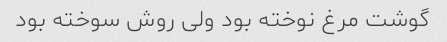
گوشت مرغ نوخته بود ولی روش سوخته بود